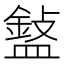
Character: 𥂲